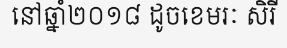
នៅឆ្នាំ២០១៨ ដូចខេមរៈ សិរី